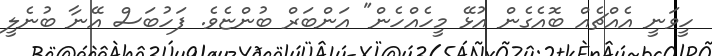
ހީވަނީ އެއްޗެއް ބޮއެގެން އުޅޭ މީހެއްހެން" އަންބަރް ބުންޏެވެ. ފަހުބަސް އޭނާ ބުނެލީ